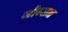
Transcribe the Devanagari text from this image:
जीब्सन